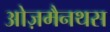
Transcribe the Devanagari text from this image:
ओज़मैनथस